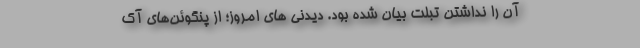
آن را نداشتن تبلت بیان شده بود. دیدنی های امروز؛ از پنگوئن‌های آک